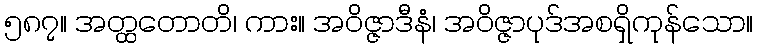
၅၈၇။ အတ္ထတောတိ၊ ကား။ အဝိဇ္ဇာဒီနံ၊ အဝိဇ္ဇာပုဒ်အစရှိကုန်သော။